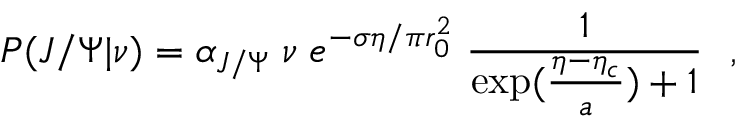
P ( J / \Psi | \nu ) = \alpha _ { J / \Psi } \; \nu \; e ^ { - \sigma \eta / \pi r _ { 0 } ^ { 2 } } \; { \frac { 1 } { \exp ( { \frac { \eta - \eta _ { c } } { a } } ) + 1 } } \ \ ,